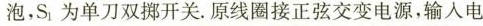
泡，S_{1}为单刀双揶开关。原线圈接正弦交变电源，输入电